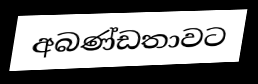
අබණ්ඩතාවට